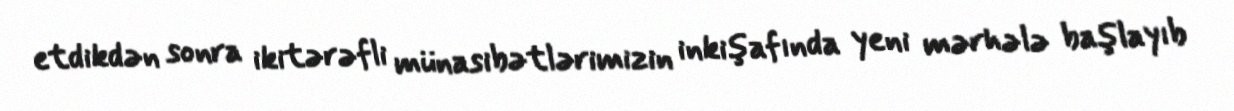
etdikdən sonra ikitərəfli münasibətlərimizin inkişafında yeni mərhələ başlayıb